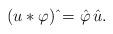
LaTeX: \begin{align*}(u\ast \varphi)\,\hat{} =\hat \varphi\,\hat u.\end{align*}